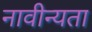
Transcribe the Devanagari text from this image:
नावीन्यता